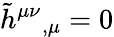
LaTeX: {\tilde{h}}^{\mu\nu}{}_{,\mu}=0